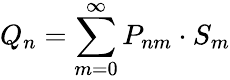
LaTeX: {Q_{n}}=\sum_{m=0}^{\infty}P_{nm}\cdot S_{m}